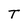
Character: T